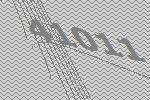
41011